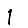
Digit: 1